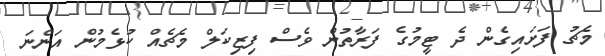
މެޗު ފަށައިގެން ދެ ޓީމުގެ ފަރާތުން ވެސް ފިޒިކަލް މެޗެއް ކުޅެމުން އަންނަ